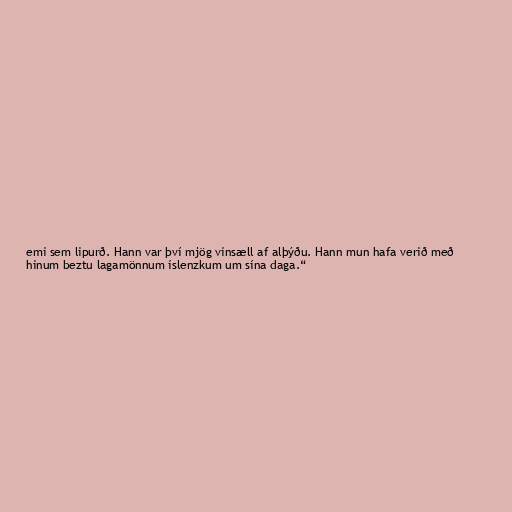
emi sem lipurð. Hann var því mjög vinsæll af alþýðu. Hann mun hafa verið með
hinum beztu lagamönnum íslenzkum um sína daga.“